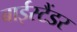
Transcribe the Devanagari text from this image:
बाईस्टैंडर